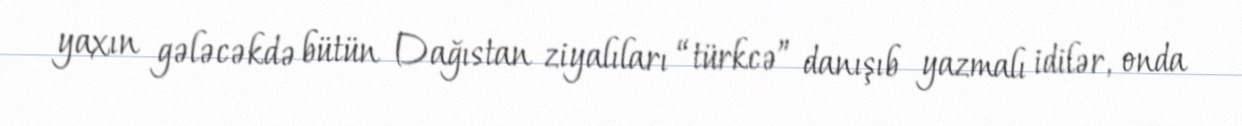
yaxın gələcəkdə bütün Dağıstan ziyalıları “türkcə” danışıb yazmalı idilər, onda